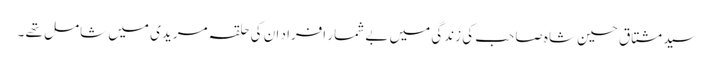
سید مشتاق حسین شاہ صاحب کی زندگی میں بے شمار افراد ان کی حلقہ مریدی میں شامل تھے ۔